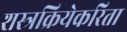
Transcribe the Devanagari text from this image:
शस्त्रक्रियेकरिता